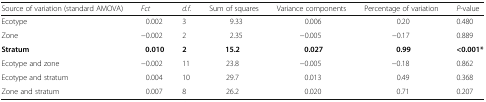
| Source of variation (standard AMOVA) | Fct | d.f. | Sum of squares | Variance components | Percentage of variation | P-value |
 | --- | --- | --- | --- | --- | --- | --- |
 | Ecotype | 0.002 | 3 | 9.33 | 0.006 | 0.20 | 0.480 |
 | Zone | −0.002 | 2 | 2.35 | −0.005 | −0.17 | 0.889 |
 | Stratum | 0.010 | 2 | 15.2 | 0.027 | 0.99 | <0.001* |
 | Ecotype and zone | −0.002 | 11 | 23.8 | −0.005 | −0.18 | 0.862 |
 | Ecotype and stratum | 0.004 | 10 | 29.7 | 0.013 | 0.49 | 0.368 |
 | Zone and stratum | 0.007 | 8 | 26.2 | 0.020 | 0.71 | 0.207 |